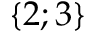
\{ 2 ; 3 \}